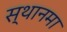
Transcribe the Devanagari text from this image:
स्थानमा